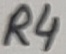
Text: R4